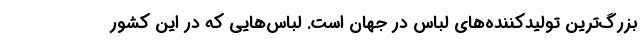
بزرگ‌ترین تولیدکننده‌های لباس در جهان است. لباس‌هایی که در این کشور